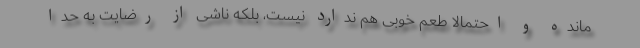
مانده و احتمالا طعم خوبی هم ندارد نیست، بلکه ناشی از رضایت به حدا